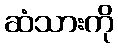
ဆံသားကို